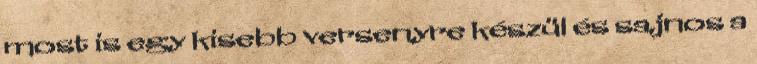
most is egy kisebb versenyre készül és sajnos a